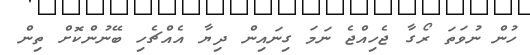
ހުން ނުވަތަ ރޯގާ ޖެހިއްޖެ ނަމަ ގިނައިން ދިޔާ އެއްޗެހި ބޭނުންކޮށް ތިން